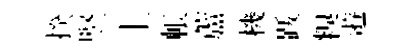
揆竪丄帳蘆機䟦糗逰